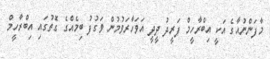
މާފަންނުއާގެ އަކީ އިބްރާހީމް ފަރީދު ދީދީ އަވަހާރަވުމުން ވަގުފު ބިމެއްގެ ގޮތުގައި އިބްރާހީމް